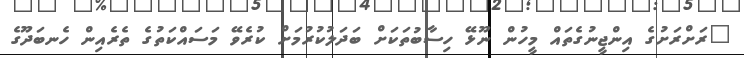
"ރަށްރަށުގެ އިންޖީނުގެތައް މީހުން ނޫޅޭ ހިސާބުތަކަށް ބަދަލުކުރުމަށް ކުރެވޭ މަސައްކަތުގެ ތެރެއިން ހެނބަދޫގެ